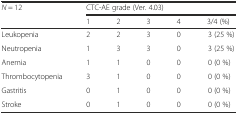
| <ROWSPAN=2> N = 12 | <COLSPAN=5> CTC-AE grade (Ver. 4.03) |
 | 1 | 2 | 3 | 4 | 3/4 (%) |
 | --- | --- | --- | --- | --- | --- |
 | Leukopenia | 2 | 2 | 3 | 0 | 3 (25 %) |
 | Neutropenia | 1 | 3 | 3 | 0 | 3 (25 %) |
 | Anemia | 1 | 1 | 0 | 0 | 0 (0 %) |
 | Thrombocytopenia | 3 | 1 | 0 | 0 | 0 (0 %) |
 | Gastritis | 0 | 1 | 0 | 0 | 0 (0 %) |
 | Stroke | 0 | 1 | 0 | 0 | 0 (0 %) |